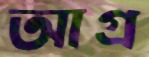
আগ্র